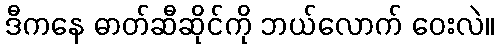
ဒီကနေ ဓာတ်ဆီဆိုင်ကို ဘယ်လောက် ဝေးလဲ။